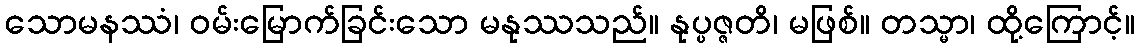
သောမနဿံ၊ ဝမ်းမြောက်ခြင်းသော မနုဿသည်။ နုပ္ပဇ္ဇတိ၊ မဖြစ်။ တသ္မာ၊ ထို့ကြောင့်။